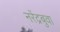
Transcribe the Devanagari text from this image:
नरेंद्रबुवा